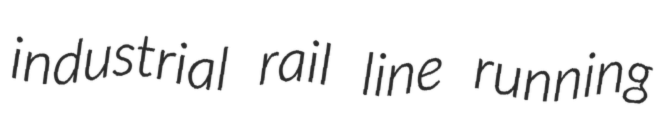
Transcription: industrial rail line running